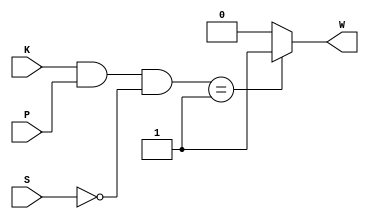
`timescale 1ns / 1ns

module BeltWarn_BH (K, P, S, W);

    input K, P, S;
    output W;
    reg W;

    always @(K, P, S) begin
        if ((K & P & ~S) == 1)
            W <= 1;
        else
            W <= 0;
    end
endmodule